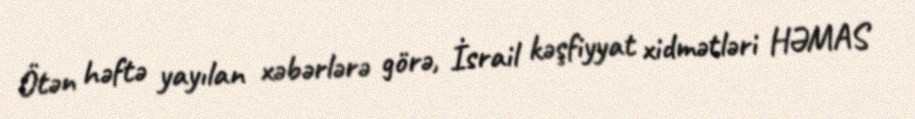
Ötən həftə yayılan xəbərlərə görə, İsrail kəşfiyyat xidmətləri HƏMAS